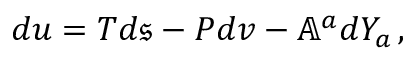
d u = T d \mathfrak { s } - P d v - \mathbb { A } ^ { a } d Y _ { a } \, ,